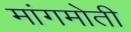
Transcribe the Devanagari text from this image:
मांगमोती